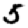
Digit: 5